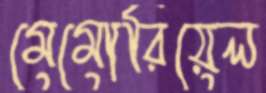
মেমোরিয়েল